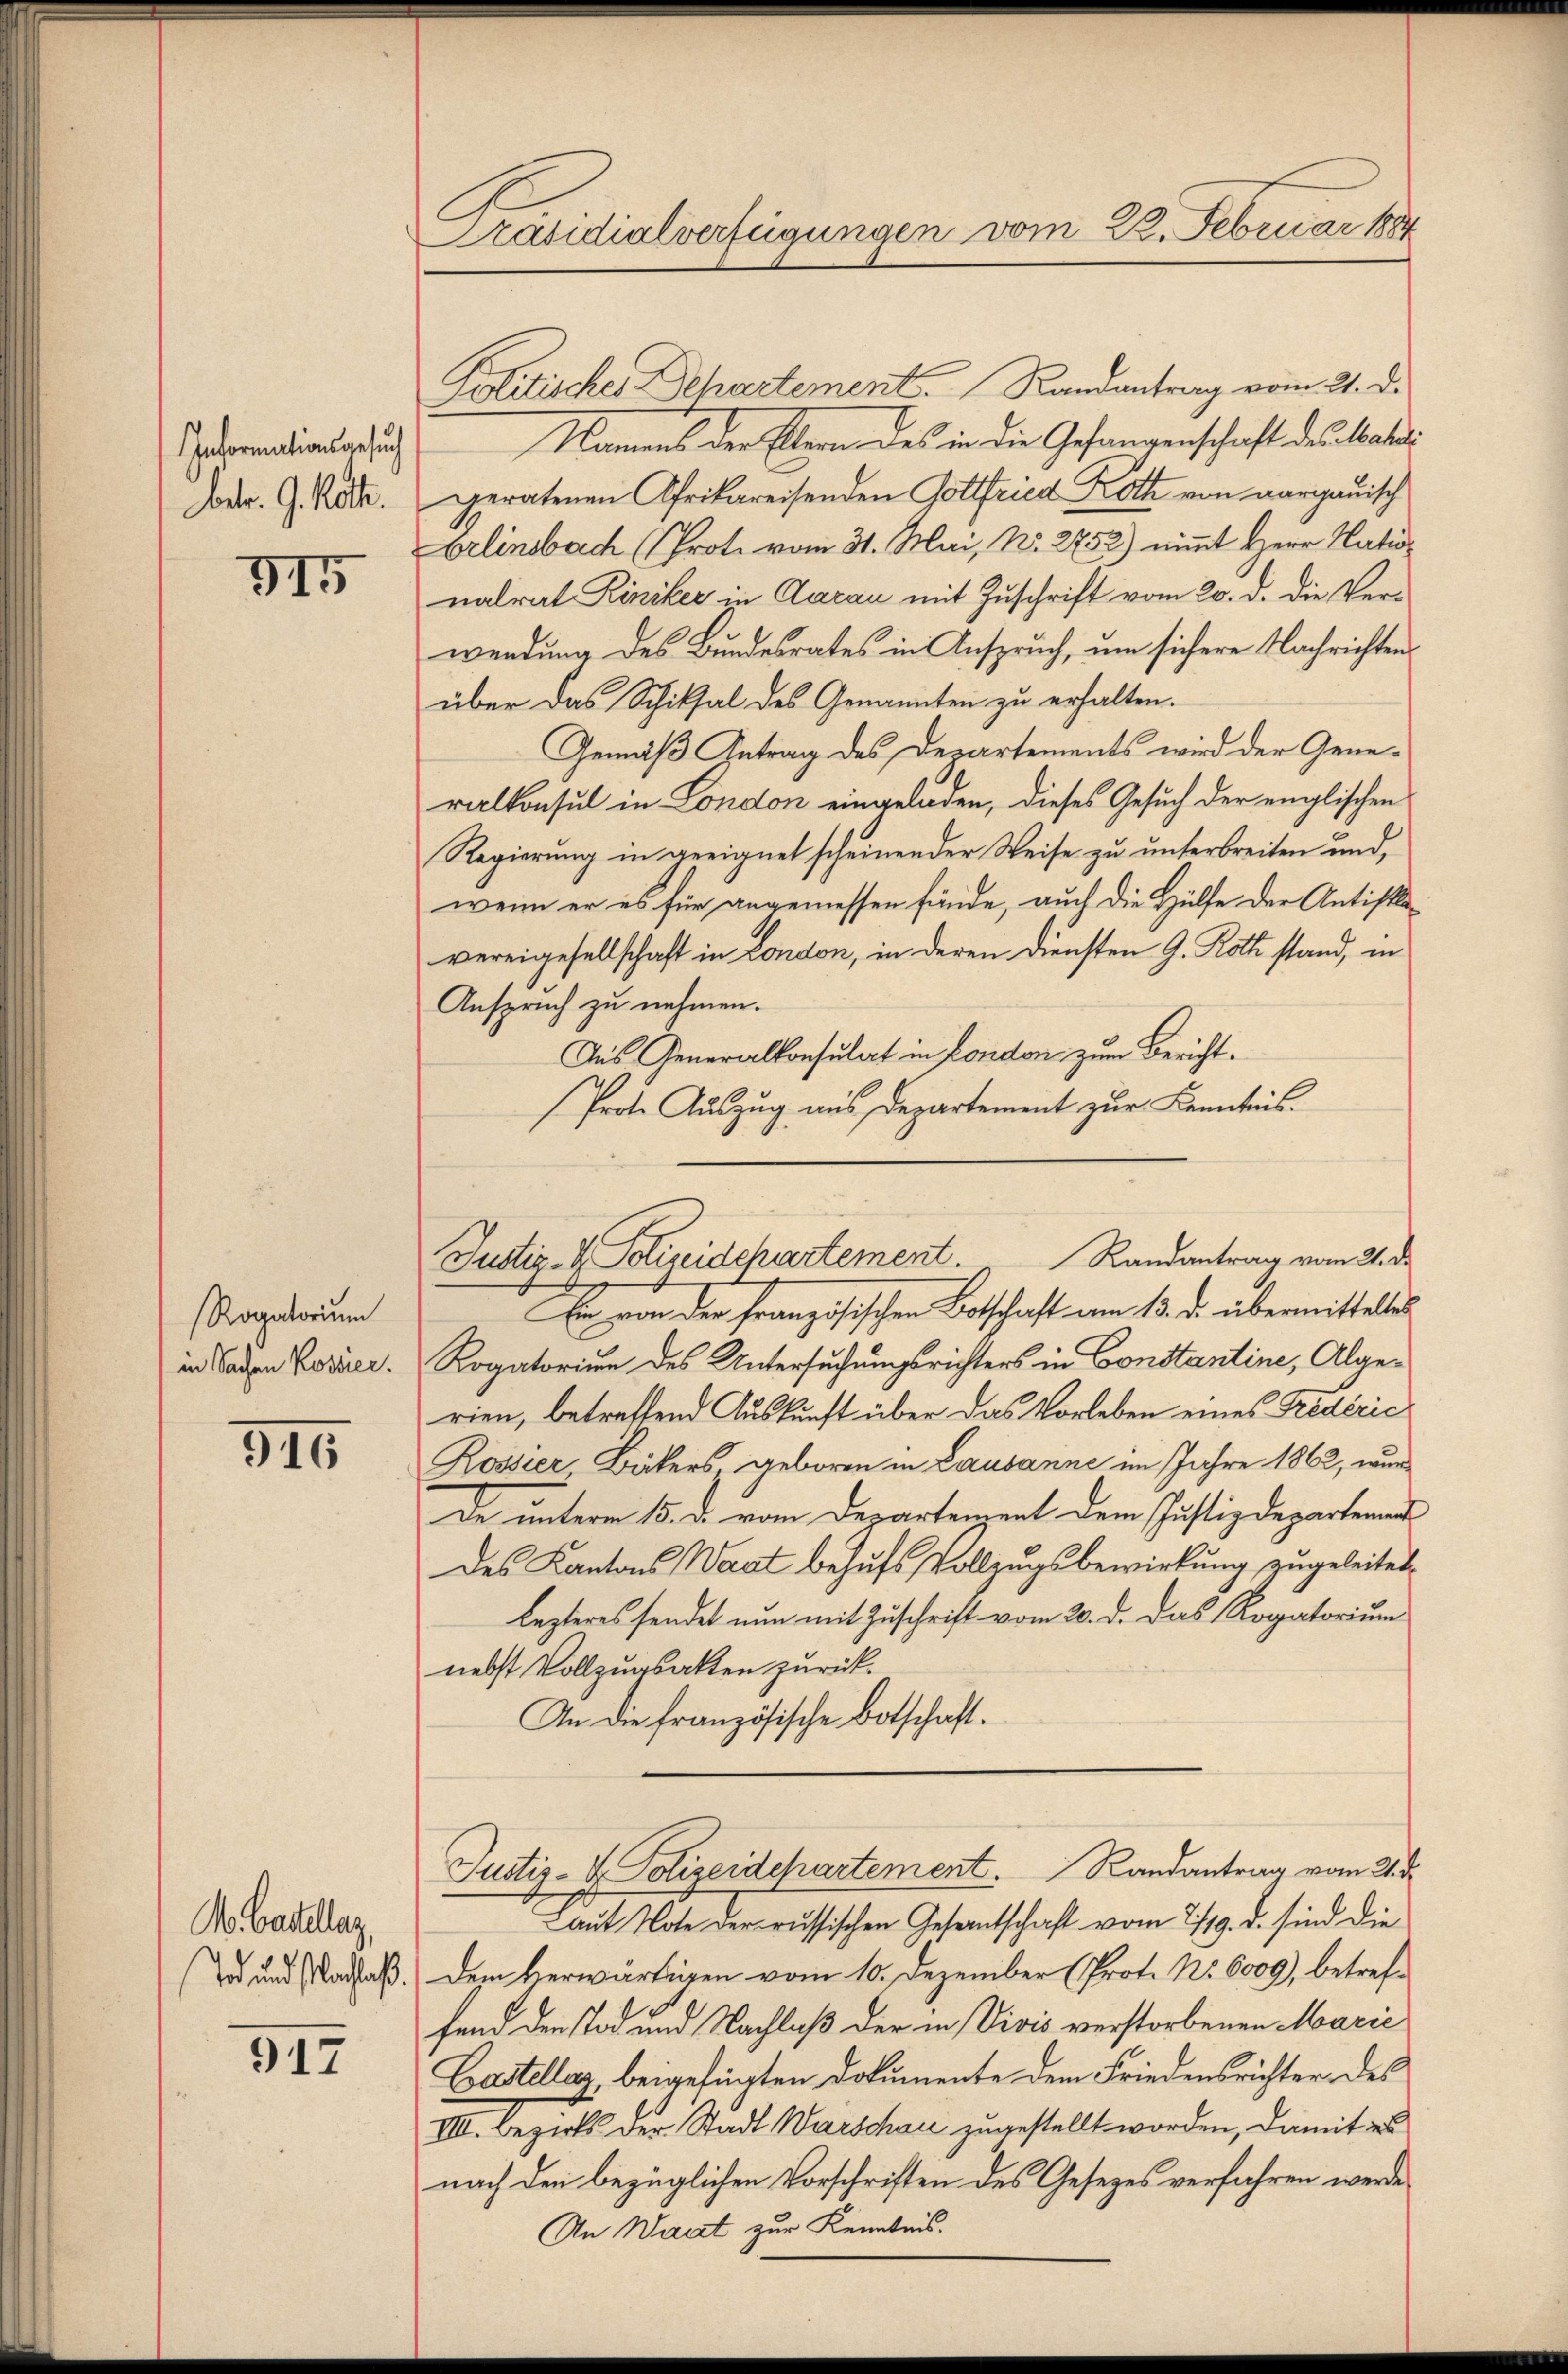
Informationsgesuch
betr. G. Kolle.

315

Rogatorium
in Sachen Kossier.

346

M. Basellaz
Tod und Nachlaß.

917

Präsidialverfügungen vom 22. Februar 1884

Politischer Schartements Randantrag vom 21. d.
Namens der Eltern des in die Gefangenschaft des Mategeratenen Afrikareisenden Gottfried Köthe von aargauisch
Erlinsbach (Prote vom 31. Mai, Nr. 2752) nimmt Herr Nationalrat Riniker in Aarau mit Zuschrift vom 20. d. die Verwendung des Bundesrates in Anspruch, um sichere Nachrichten
über das Schiksal des Genannten zu erhalten.
Gemäß Antrag des Departements wird der Generalkonsul in London eingeladen, dieses Gesuch der englischen
Regierung in geeignet scheinender Weise zu unterbreiten und,
wenn er es für angemessen fände, auch die Hülfe der Antisklavereigesellschaft in London, in deren Diensten G. Roth stand, in
Anspruch zu nehmen.
Aus Generalkonsulat in London zum Bericht¬
Prote Auszug aus Departement zur Kenntnis.
Er von der französischen Botschaft am 13. d. übermittelter
Rogatorium des Untersuchungsrichters in Constantine, Algerien, betreffend Auskunft über das Vorleben eines Fredérić
Rossier Bäkers geboren in Lausanne im Jahre 1862, wur¬
De unterm 15. d. vom Departement dem Justizdepartement
des Kantons Waat behufs Vollzugsbewirkung zugeleitet.
Lezteres sendet nun mit Zuschrift vom 20. d. das Rogatorium
nebst Vollzungsakten zurück¬
An die französische Botschaft.
Justiz-Polizeidepartement. Randantrag vom 2. d.
Laut Note der russischen Gesantschaft vom 2/19. d. sind die
Dem verwärtigen vom 10. Dezember (Prot. No. 6009), betreffend den Tod und Nachlaß der in Vivis verstorbenen Marie
Castellaz, beigefügten Dokumente dem Friedensrichter des
VIII. Bezirks der Stadt Warschau zugestellt worden, damit is
nach den bezüglichen Vorschriften des Gesetzes verfahren werde,
An Waadt zur Kenntnis.

Justiz- & Polizeidchartement Randantrag vom 21. d.